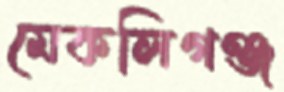
মেকলিগঞ্জ